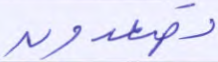
تصعدون